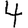
Digit: 4